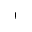
\ell